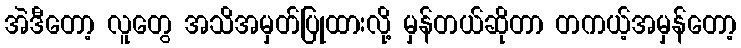
အဲဒီတော့ လူတွေ အသိအမှတ်ပြုထားလို့ မှန်တယ်ဆိုတာ တကယ့်အမှန်တော့